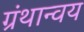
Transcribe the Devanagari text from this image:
ग्रंथान्वय